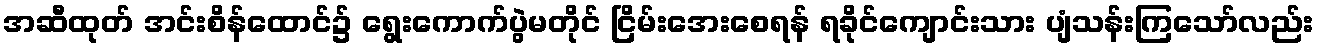
အဆီထုတ် အင်းစိန်ထောင်၌ ရွေးကောက်ပွဲမတိုင် ငြိမ်းအေးစေရန် ရခိုင်ကျောင်းသား ပျံသန်းကြသော်လည်း